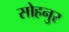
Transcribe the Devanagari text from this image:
सोहनुर